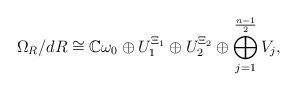
LaTeX: \begin{align*} \Omega_R/dR \cong \mathbb{C} \omega_0 \oplus U_1^{\Xi_1} \oplus U_2^{\Xi_2} \oplus \bigoplus_{j=1}^{\frac{n-1}{2}} V_{j}, \end{align*}